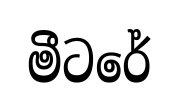
මීටරේ